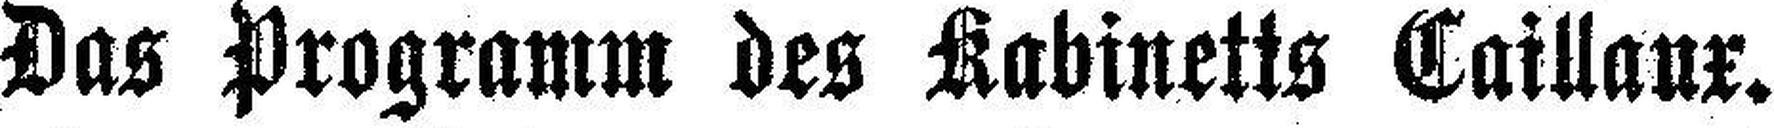
Das Programm des Kabinetts Caillaux.